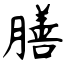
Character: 膳